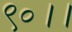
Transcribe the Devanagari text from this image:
९०।।